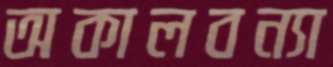
অকালবন্যা